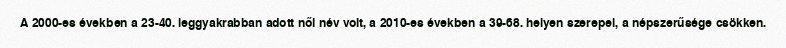
A 2000-es években a 23-40. leggyakrabban adott női név volt, a 2010-es években a 39-68. helyen szerepel, a népszerűsége csökken.